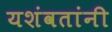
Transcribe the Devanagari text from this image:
यशंवतांनी